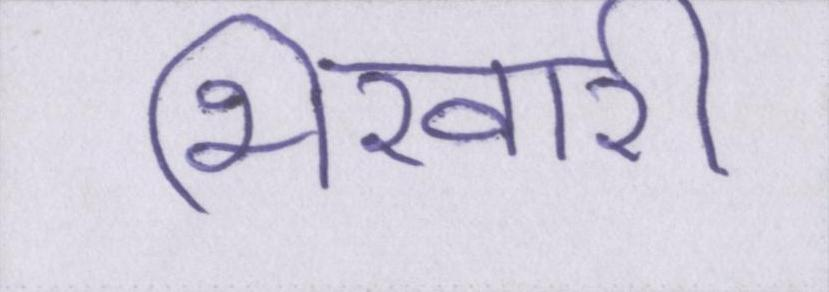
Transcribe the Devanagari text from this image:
भिखारी